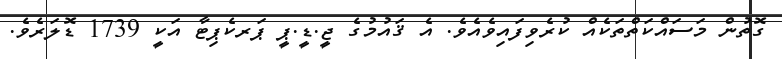
ގޮތުން މަސައްކަތްތަކެއް ކުރެވިފައިވެއެވެ. އެ ޤައުމުގެ ޖީ.ޑީ.ޕީ ޕަރކެޕިޓާ އަކީ 1739 ޑޮލަރެވެ.